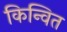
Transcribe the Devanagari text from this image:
किन्वित